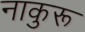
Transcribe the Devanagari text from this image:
नाकुरू